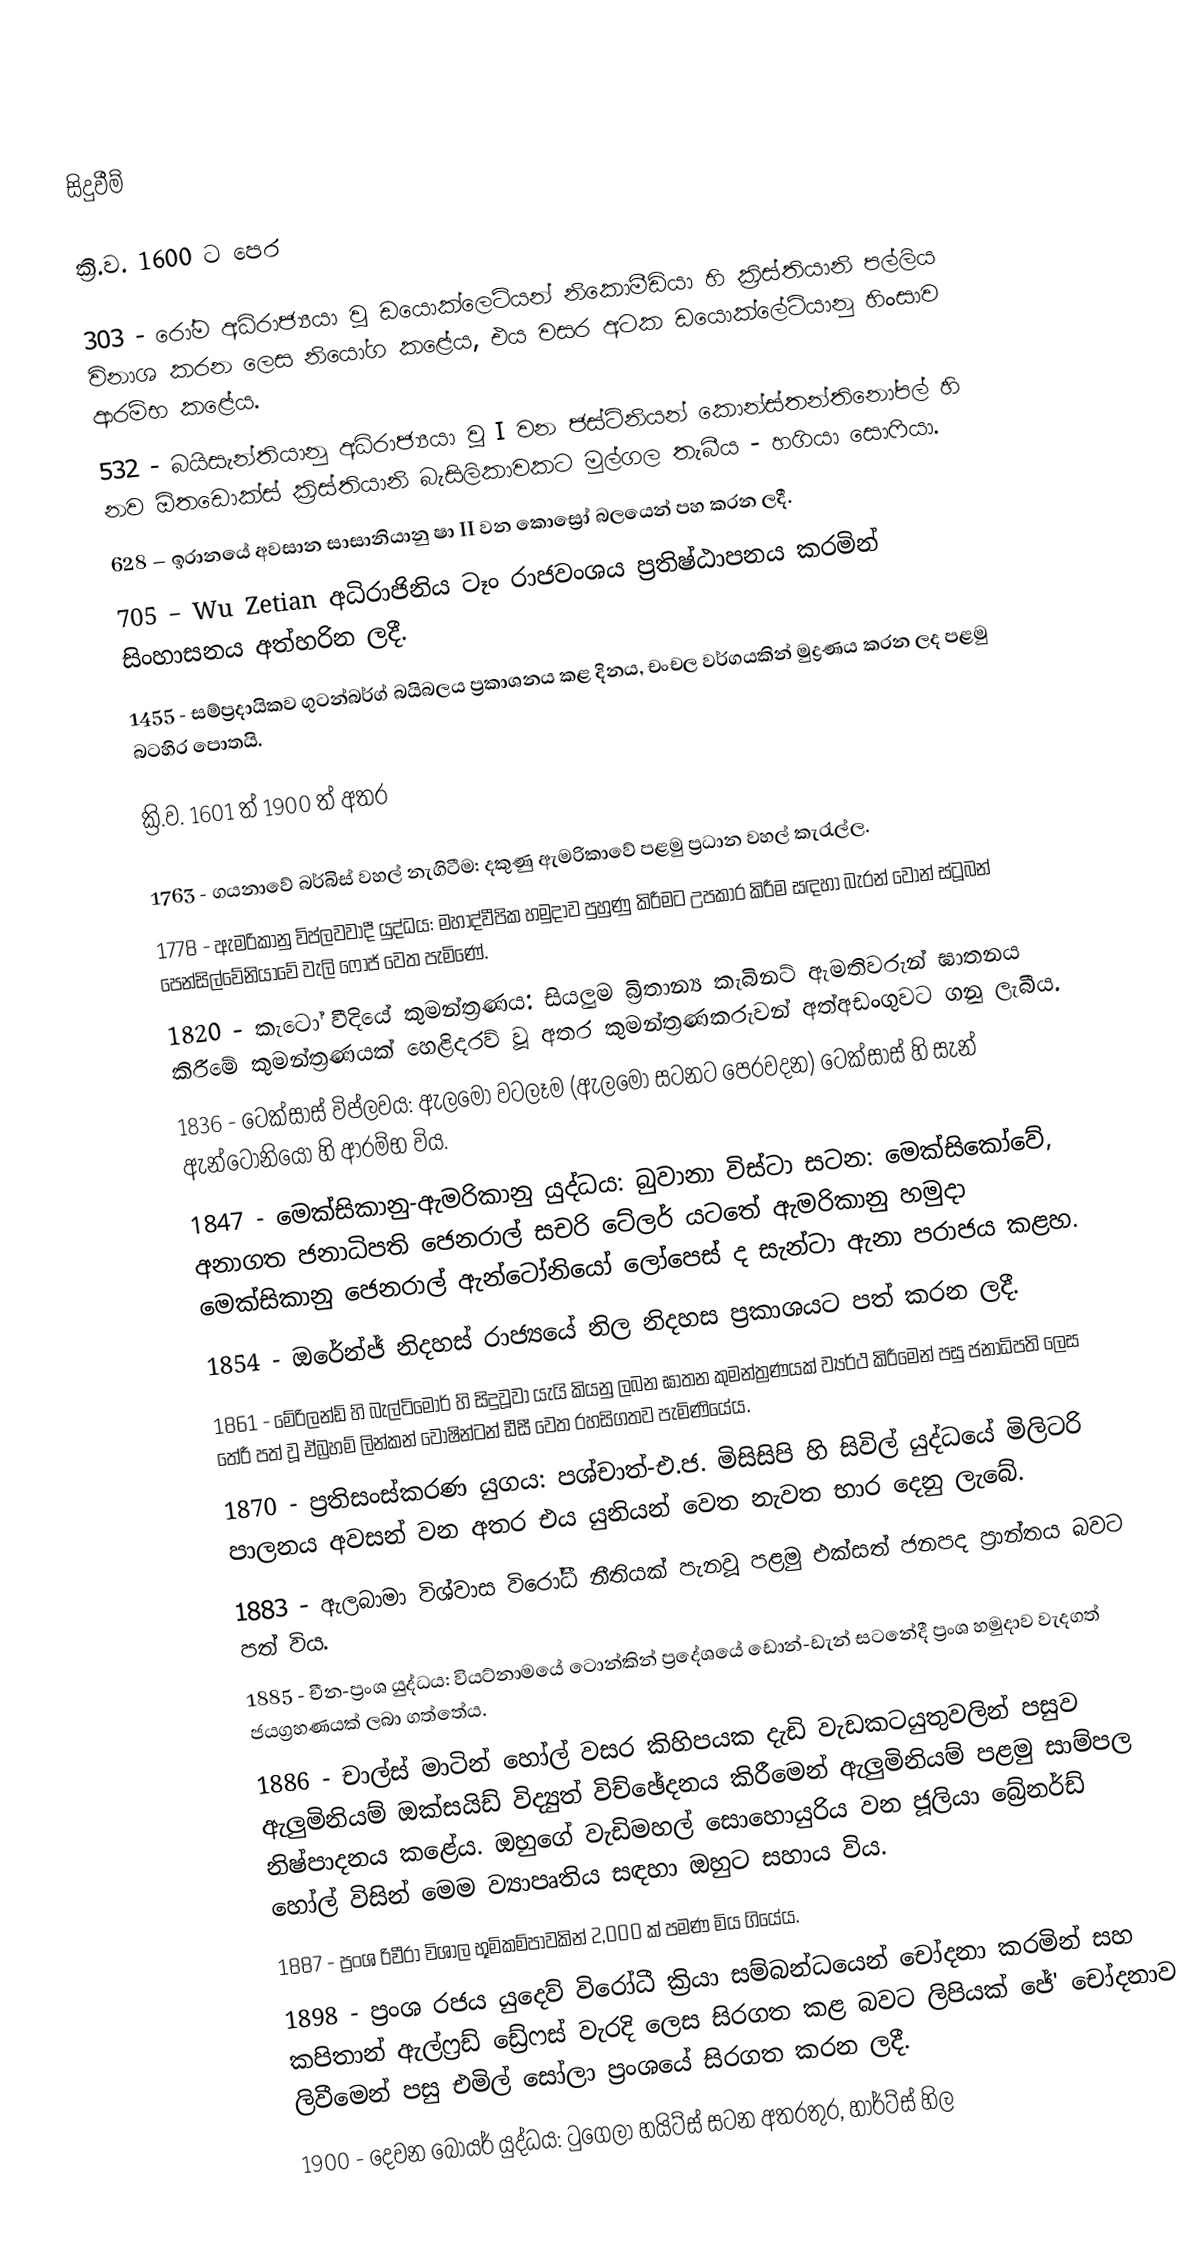

සිදුවීම්

ක්‍රි.ව. 1600 ට පෙර

 303 - රෝම අධිරාජ්‍යයා වූ ඩයොක්ලෙටියන් නිකොමීඩියා හි ක්‍රිස්තියානි පල්ලිය විනාශ කරන ලෙස නියෝග කළේය, එය වසර අටක ඩයොක්ලේටියානු හිංසාව ආරම්භ කළේය.
 532 - බයිසැන්තියානු අධිරාජ්‍යයා වූ I වන ජස්ටිනියන් කොන්ස්තන්තිනෝපල් හි නව ඕතඩොක්ස් ක්‍රිස්තියානි බැසිලිකාවකට මුල්ගල තැබීය - හගියා සොෆියා.
 628 – ඉරානයේ අවසාන සාසානියානු ෂා II වන කොස්‍රෝ බලයෙන් පහ කරන ලදී.
 705 – Wu Zetian අධිරාජිනිය ටෑං රාජවංශය ප්‍රතිෂ්ඨාපනය කරමින් සිංහාසනය අත්හරින ලදී.
 1455 - සම්ප්‍රදායිකව ගුටන්බර්ග් බයිබලය ප්‍රකාශනය කළ දිනය, චංචල වර්ගයකින් මුද්‍රණය කරන ලද පළමු බටහිර පොතයි.

ක්‍රි.ව. 1601 ත් 1900 ත් අතර

 1763 - ගයනාවේ බර්බිස් වහල් නැගිටීම: දකුණු ඇමරිකාවේ පළමු ප්‍රධාන වහල් කැරැල්ල.
 1778 - ඇමරිකානු විප්ලවවාදී යුද්ධය: මහාද්වීපික හමුදාව පුහුණු කිරීමට උපකාර කිරීම සඳහා බැරන් වොන් ස්ටූබන් පෙන්සිල්වේනියාවේ වැලි ෆෝජ් වෙත පැමිණේ.
 1820 - කැටෝ වීදියේ කුමන්ත්‍රණය: සියලුම බ්‍රිතාන්‍ය කැබිනට් ඇමතිවරුන් ඝාතනය කිරීමේ කුමන්ත්‍රණයක් හෙළිදරව් වූ අතර කුමන්ත්‍රණකරුවන් අත්අඩංගුවට ගනු ලැබීය.
 1836 - ටෙක්සාස් විප්ලවය: ඇලමෝ වටලෑම (ඇලමෝ සටනට පෙරවදන) ටෙක්සාස් හි සැන් ඇන්ටෝනියෝ හි ආරම්භ විය.
 1847 - මෙක්සිකානු-ඇමරිකානු යුද්ධය: බුවානා විස්ටා සටන: මෙක්සිකෝවේ, අනාගත ජනාධිපති ජෙනරාල් සචරි ටේලර් යටතේ ඇමරිකානු හමුදා මෙක්සිකානු ජෙනරාල් ඇන්ටෝනියෝ ලෝපෙස් ද සැන්ටා ඇනා පරාජය කළහ.
 1854 - ඔරේන්ජ් නිදහස් රාජ්‍යයේ නිල නිදහස ප්‍රකාශයට පත් කරන ලදී.
 1861 - මේරිලන්ඩ් හි බැල්ටිමෝර් හි සිදුවූවා යැයි කියනු ලබන ඝාතන කුමන්ත්‍රණයක් ව්‍යර්ථ කිරීමෙන් පසු ජනාධිපති ලෙස තේරී පත් වූ ඒබ්‍රහම් ලින්කන් වොෂින්ටන් ඩීසී වෙත රහසිගතව පැමිණියේය.
 1870 - ප්‍රතිසංස්කරණ යුගය: පශ්චාත්-එ.ජ. මිසිසිපි හි සිවිල් යුද්ධයේ මිලිටරි පාලනය අවසන් වන අතර එය යුනියන් වෙත නැවත භාර දෙනු ලැබේ.
 1883 - ඇලබාමා විශ්වාස විරෝධී නීතියක් පැනවූ පළමු එක්සත් ජනපද ප්‍රාන්තය බවට පත් විය.
 1885 - චීන-ප්‍රංශ යුද්ධය: වියට්නාමයේ ටොන්කින් ප්‍රදේශයේ ඩොන්-ඩැන් සටනේදී ප්‍රංශ හමුදාව වැදගත් ජයග්‍රහණයක් ලබා ගත්තේය.
 1886 - චාල්ස් මාටින් හෝල් වසර කිහිපයක දැඩි වැඩකටයුතුවලින් පසුව ඇලුමිනියම් ඔක්සයිඩ් විද්‍යුත් විච්ඡේදනය කිරීමෙන් ඇලුමිනියම් පළමු සාම්පල නිෂ්පාදනය කළේය. ඔහුගේ වැඩිමහල් සොහොයුරිය වන ජූලියා බ්‍රේනර්ඩ් හෝල් විසින් මෙම ව්‍යාපෘතිය සඳහා ඔහුට සහාය විය.
 1887 - ප්‍රංශ රිවීරා විශාල භූමිකම්පාවකින් 2,000 ක් පමණ මිය ගියේය.
 1898 - ප්‍රංශ රජය යුදෙව් විරෝධී ක්‍රියා සම්බන්ධයෙන් චෝදනා කරමින් සහ කපිතාන් ඇල්ෆ්‍රඩ් ඩ්‍රේෆස් වැරදි ලෙස සිරගත කළ බවට ලිපියක් ජේ' චෝදනාව ලිවීමෙන් පසු එමිල් සෝලා ප්‍රංශයේ සිරගත කරන ලදී.
 1900 - දෙවන බෝයර් යුද්ධය: ටුගෙලා හයිට්ස් සටන අතරතුර, හාර්ට්ස් හිල